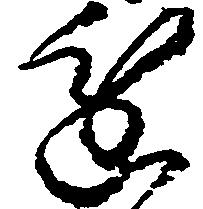
進